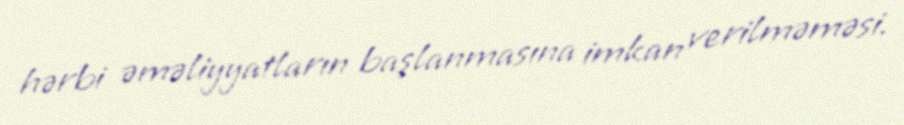
hərbi əməliyyatların başlanmasına imkan verilməməsi.